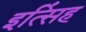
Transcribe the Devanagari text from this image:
इत्सिंह